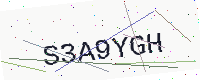
Text: S3A9YGH